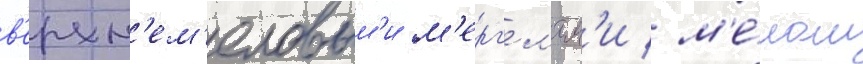
в'ерхн'ем'еловым'и м'ерг'ел'ям'и / м'е́лом